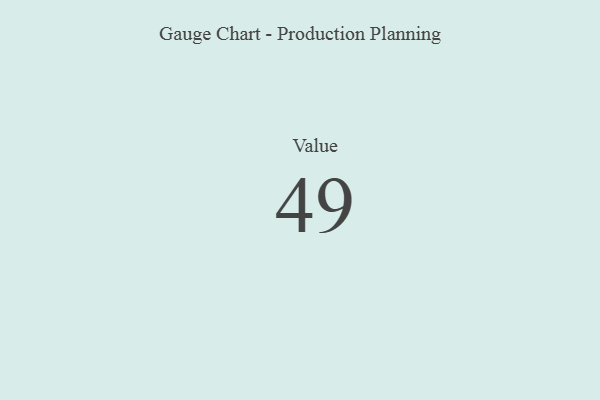
{"axis": {"x": "Metric", "y": "Value"}, "legend": [""], "data": [{"x": "Value", "y": 49, "type": ""}]}